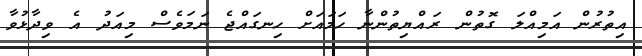
އިތުރުން އަމިއްލަ ގޮތުން ރައްޔިތުންނާ ހަމައަށް ހިނގައްޖެ ނަމަވެސް މިއަދު އެ ވިދާޅުވާ